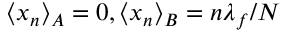
\langle x _ { n } \rangle _ { A } = 0 , \langle x _ { n } \rangle _ { B } = n \lambda _ { f } / N